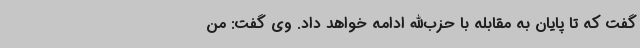
گفت که تا پایان به مقابله با حزب‌الله ادامه خواهد داد. وی گفت: من